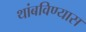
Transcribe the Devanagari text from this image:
थांबविण्यास